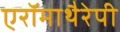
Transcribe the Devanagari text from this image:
एरॉमाथैरेपी